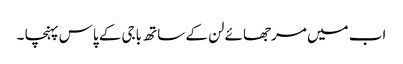
اب میں مرجھائے لن کے ساتھ باجی کے پاس پہنچا ۔